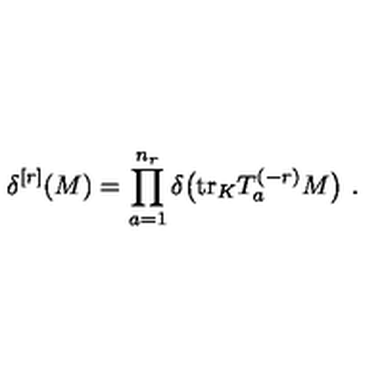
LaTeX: \delta ^ { [ r ] } ( M ) = \prod _ { a = 1 } ^ { n _ { r } } \delta \big ( \mathrm { t r } _ { K } T _ { a } ^ { ( - r ) } M \big ) \ .